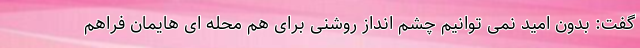
گفت: بدون امید نمی توانیم چشم انداز روشنی برای هم محله ای هایمان فراهم